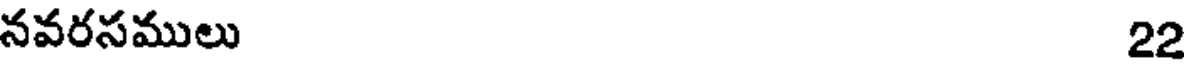
నవరసములు 22